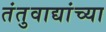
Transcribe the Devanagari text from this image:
तंतुवाद्यांच्या